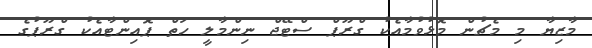
މާޒިޔާ މި މެޗުން މޮޅުވުމާއެކު ގްރޫޕް ސްޓޭޖް ނިންމާލީ ހަތް ޕޮއިންޓާއެކު ގްރޫޕުގެ